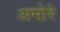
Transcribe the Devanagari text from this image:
अमोरे